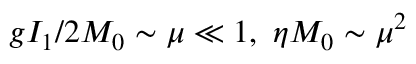
g I _ { 1 } / 2 M _ { 0 } \sim \mu \ll 1 , ~ \eta M _ { 0 } \sim \mu ^ { 2 }